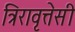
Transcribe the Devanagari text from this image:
त्रिरावृत्तेसी